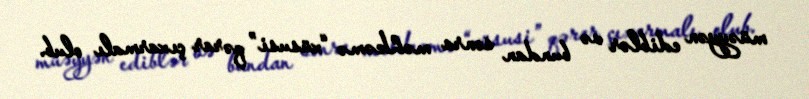
müəyyən ediblər və bundan sonra məhkəmə “xüsusi” qərar çıxarmalı olub.